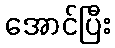
အောင်ပြီး